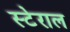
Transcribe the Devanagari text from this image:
स्टेराल